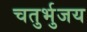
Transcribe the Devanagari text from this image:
चतुर्भुजय